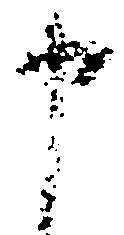
申